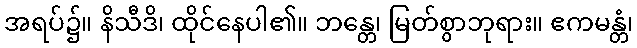
အရပ်၌။ နိသီဒိ၊ ထိုင်နေပါ၏။ ဘန္တေ၊ မြတ်စွာဘုရား။ ဧကမန္တံ၊